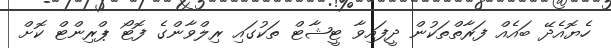
ހެޔޮއެދޭ ބައެއް ފަރާތްތަކުން ދީފައިވާ ޓީޝާޓް ތަކުގައި ރިލްވާންގެ ފޮޓޯ ޕްރިންޓް ކޮށް